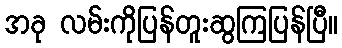
အခု လမ်းကိုပြန်တူးဆွကြပြန်ပြီ။